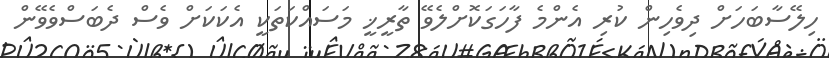
ހިލޭސާބަހަށް ދިވެހިން ކުރި އެންމެ ފާހަގަކޮށްލެވޭ ތާރީޚީ މަސައްކަތަކީ އެކަކަށް ވެސް ދެބަސްވެވޭން